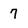
Character: 7